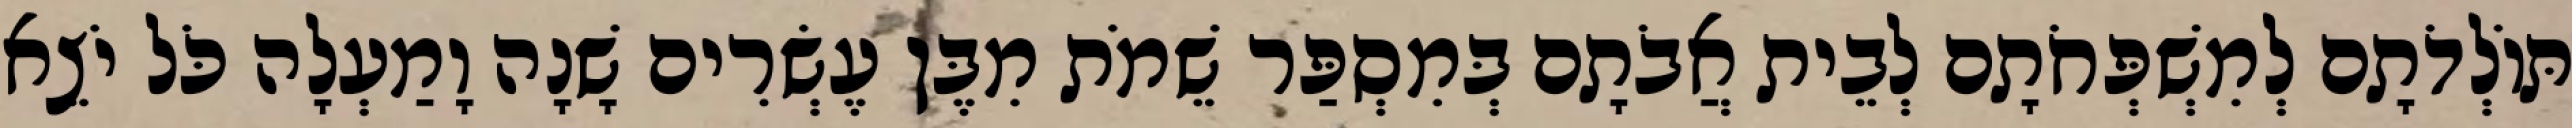
תּוֹלְדֹתָם לְמִשְׁפְּחֹתָם לְבֵית אֲבֹתָם בְּמִסְפַּר שֵׁמֹת מִבֶּן עֶשְׂרִים שָׁנָה וָמַעְלָה כֹּל יֹצֵא